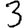
Digit: 3